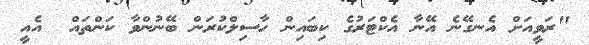
"ރަވީއަށް އެނގޭނެ އޭނާ އެކްޓަރުގެ ކިބައިން ހާސިލްކުރަން ބޭނުންވާ ކަންތައް  އެއީ